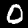
Digit: 0